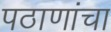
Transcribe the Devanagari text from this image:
पठाणांचा